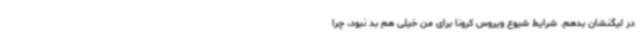
در لیگنشان بدهم. شرایط شیوع ویروس کرونا برای من خیلی هم بد نبود، چرا